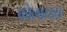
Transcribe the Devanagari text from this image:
कोलाय्ड्स